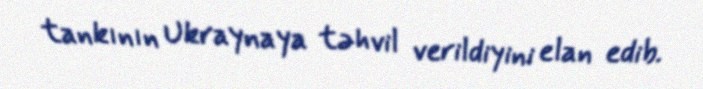
tankının Ukraynaya təhvil verildiyini elan edib.